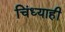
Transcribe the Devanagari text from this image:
चिंध्याही